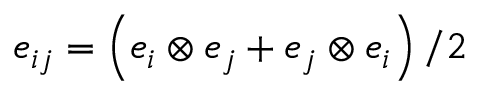
e _ { i j } = \left( e _ { i } \otimes e _ { j } + e _ { j } \otimes e _ { i } \right) / 2